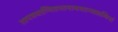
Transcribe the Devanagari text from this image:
तापत्रयाग्नितप्तनामशान्तप्राणिनां